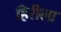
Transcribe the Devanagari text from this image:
हिरीला